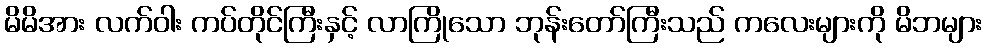
မိမိအား လက်ဝါး ကပ်တိုင်ကြီးနှင့် လာကြိုသော ဘုန်းတော်ကြီးသည် ကလေးများကို မိဘများ